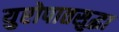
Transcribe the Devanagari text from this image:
युरोपातसुद्धा